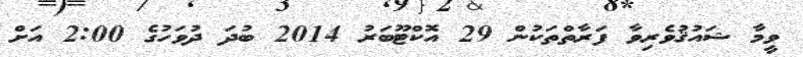
ވީމާ ޝައުޤުވެރިވާ ފަރާތްތަކުން 29 އޮކްޓޫބަރު 2014 ބުދަ ދުވަހުގެ 2:00 އަށް